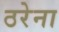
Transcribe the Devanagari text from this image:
ठरेना